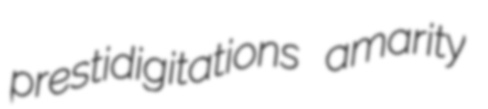
prestidigitations amarity